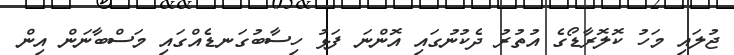
ޖުލައި މަހު ކޮލޮރާޑޯގެ އުތުރު ދެކުނުގައި އޮންނަ ފަޅު ހިސާބުގަނޑެއްގައި މަސްބާނަން އިން